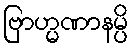
ဗြာဟ္မဏာနမ္ပိ